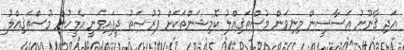
އަދި ޤާނޫނު އަސާސީން މިނިވަން މުސްތަޤިއްލު ކޮމިޝަންތަކަށް ފުރުޞަތު ދީފައިވަނީ އެމީހުން މުސްތަޤިއްލު